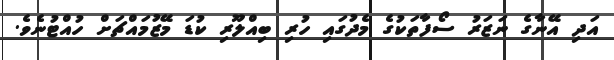
އަދި އޭނާގެ ނަޒަރު ސޯފާތަކުގެ މެދުގައި ހުރި ބިއްލޫރި ކުޑަ މޭޒުމައްޗަށް ހުއްޓުނެވެ.